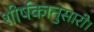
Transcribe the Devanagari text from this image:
शीर्षकानुसारी।